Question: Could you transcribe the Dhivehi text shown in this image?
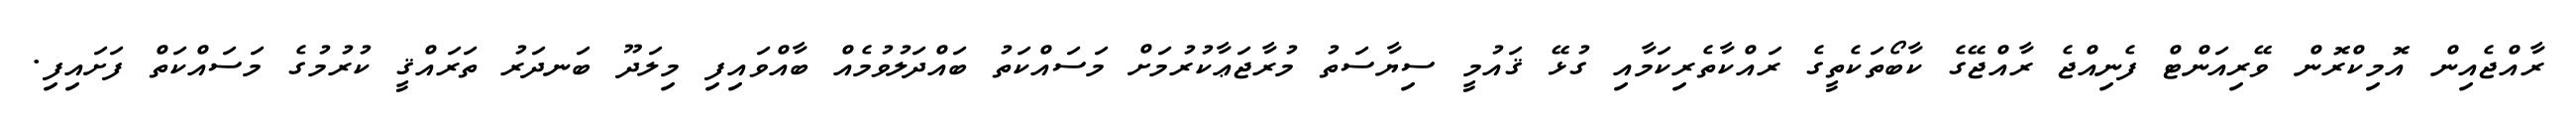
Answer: ރާއްޖެއިން އޮމިކްރޮން ވޭރިއަންޓް ފެނިއްޖެ ރާއްޖޭގެ ކާބޯތަކެތީގެ ރައްކާތެރިކަމާއި ގުޅޭ ޤައުމީ ސިޔާސަތު މުރާޖަޢާކުރުމަށް މަސައްކަތު ބައްދަލުވުމެއް ބާއްވައިފި މިލަދޫ ބަނދަރު ތަރައްޤީ ކުރުމުގެ މަސައްކަތް ފަށައިފި.